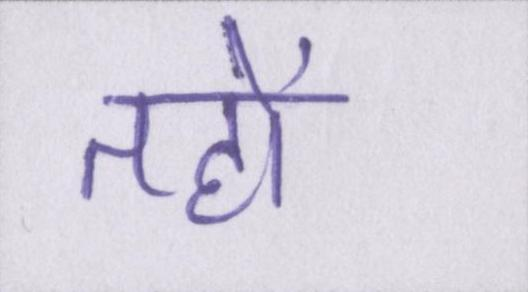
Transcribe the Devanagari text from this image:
तहों